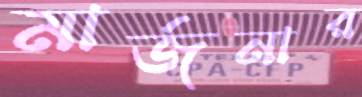
মার্জনার